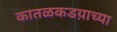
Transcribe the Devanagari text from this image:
कातळकडय़ाच्या